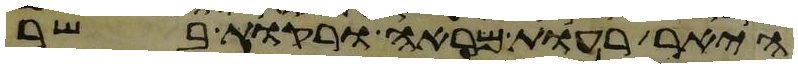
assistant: היאר רעות מראה ורקות בשר